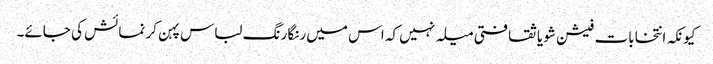
کیونکہ انتخابات فیشن شو یا ثقافتی میلہ نہیں کہ اس میں رنگا رنگ لباس پہن کر نمائش کی جائے۔